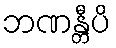
ဘဏန္တီပိ